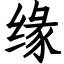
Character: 缘